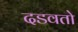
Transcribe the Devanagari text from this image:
दडवतो